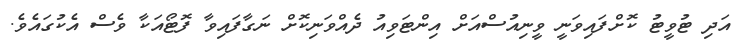
އަދި ޓުވީޓު ކޮށްފައިވަނީ ވީނިއުސްއަށް އިންޓަވިއު ދެއްވަނިކޮށް ނަގާފައިވާ ފޮޓޯއަކާ ވެސް އެކުގައެވެ.